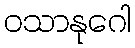
ဝသာနုဂေါ